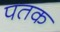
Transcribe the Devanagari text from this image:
पतक